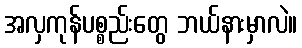
အလှကုန်ပစ္စည်းတွေ ဘယ်နားမှာလဲ။